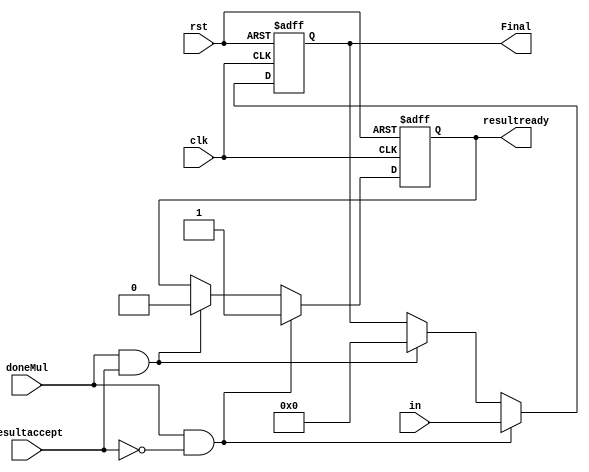
`timescale 1ns/1ns
module WrapO(input clk,rst,doneMul,resultaccept,input [31:0]in,output reg resultready,output reg [31:0]Final);
	always@(posedge clk,posedge rst)begin
		if(rst)begin
			Final<= 32'd0;
			resultready <= 1'b0;
		end
		else if(doneMul & ~resultaccept)begin
			resultready <= 1'b1;
			Final<= in ;
		end
		else if(doneMul & resultaccept)begin
			resultready <= 1'b0;
			Final<= 32'd0 ;
		end
	end
endmodule